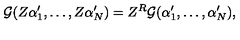
{ \cal { G } } ( Z \alpha _ { 1 } ^ { \prime } , \ldots , Z \alpha _ { N } ^ { \prime } ) = Z ^ { R } { \cal { G } } ( \alpha _ { 1 } ^ { \prime } , \ldots , \alpha _ { N } ^ { \prime } ) ,